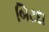
બિટદા